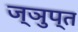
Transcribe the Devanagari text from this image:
ज्ञुप्‍त